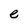
Character: e